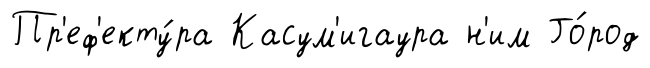
Пр'еф'екту́ра Касум'игаура н'им Го́род